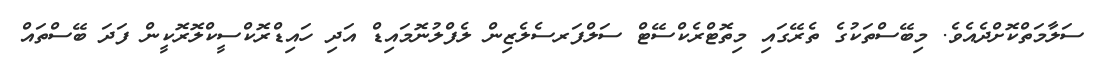
ސަލާމަތްކޮށްދެއެވެ. މިބޭސްތަކުގެ ތެރޭގައި މިތޮޓްރެކްސޭޓް ސަލްފަރސެލެޒިން ލެފްލުނޮމައިޑް އަދި ހައިޑްރޮކްސީކްލޮރޮކީން ފަދަ ބޭސްތައް